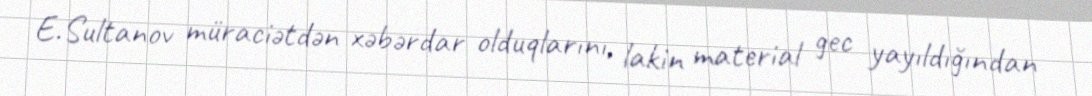
E.Sultanov müraciətdən xəbərdar olduqlarını, lakin material gec yayıldığından